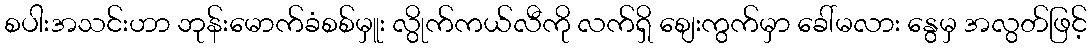
စပါးအသင်းဟာ ဘုန်းမောက်ခံစစ်မှူး လွိုက်ကယ်လီကို လက်ရှိ စျေးကွက်မှာ ခေါ်မလား နွေမှ အလွတ်ဖြင့်